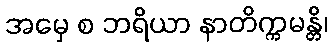
အမှေ စ ဘရိယာ နာတိက္ကမန္တိ၊